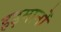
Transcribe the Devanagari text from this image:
हड़मानों